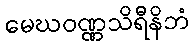
မေဃဝဏ္ဏသိရီနိဘံ